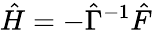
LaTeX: \hat{H}=-\hat{\Gamma}^{-1}\hat{F}